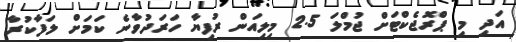
އަދި މި ޕްރޮޖެކްޓަށް ޖުމްލަ 2.5 މިލިއަން ރުފިޔާ ހަރަދުވާނެ ކަމަށް ލަފާކުރާ